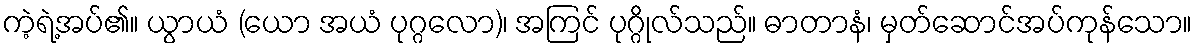
ကဲ့ရဲ့အပ်၏။ ယွာယံ (ယော အယံ ပုဂ္ဂလော)၊ အကြင် ပုဂ္ဂိုလ်သည်။ ဓာတာနံ၊ မှတ်ဆောင်အပ်ကုန်သော။